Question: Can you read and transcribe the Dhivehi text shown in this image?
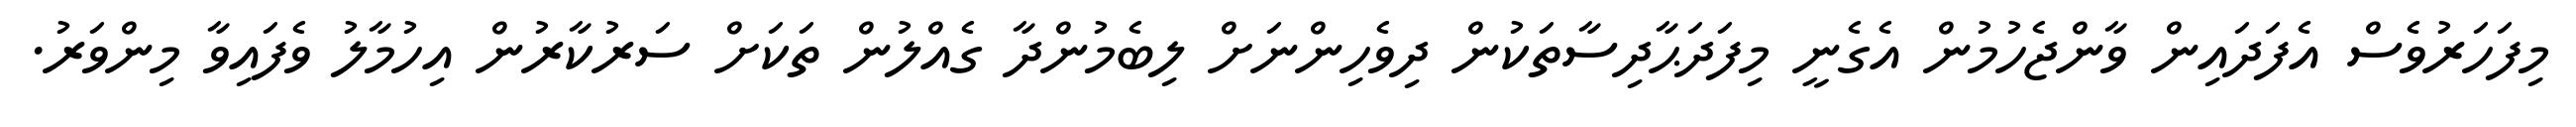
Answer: މިފަހަރުވެސް އެފަދައިން ވާންޖެހުމުން އެގެނީ މިފަދަޙާދިސާތަކުން ދިވެހިންނަށް ލިބެމުންދާ ގެއްލުން ތަކަށް ސަރުކާރުން އިހުމާލު ވެފައިވާ މިންވަރު.